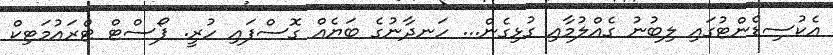
އެކުސިޑެންޓުގައި ލިބުނު ގެއްލުމާއި ގުޅިގެން... ހަނދާނުގެ ބަޔެއް ގޮސްފައި ހުރީ. ޕޯސްޓް ޓްރައުމަޓިކް